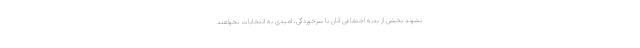
نشوند بخشی از بدنه اجتماعی آنان با سرخوردگی، امیدی به انتخابات نخواهند